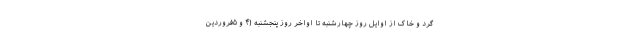
گرد و خاک از اوایل روز چهارشنبه تا اواخر روز پنجشنبه (۴ و ۵فروردین